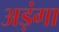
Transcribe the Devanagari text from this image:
अड़ंगा